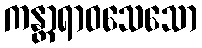
ကန္တာရာဝသေသော